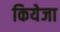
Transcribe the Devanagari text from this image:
कियेजा